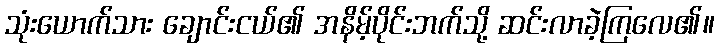
သုံးယောက်သား ချောင်းငယ်၏ အနိမ့်ပိုင်းဘက်သို့ ဆင်းလာခဲ့ကြလေ၏။